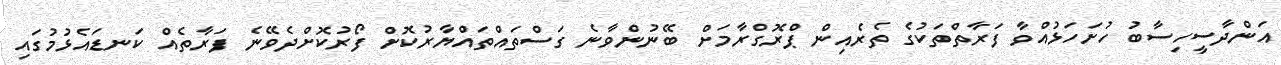
އަންދާސީހިސާބު ހުށަހަޅުއްވާ ފަރާތްތަކުގެ ތެރެއިން ޕްރޮގްރާމަށް ބޭނުންވާނެ ގަސްތައްތައްޔާރުކޮށް ފޯރުކޮށްދެވޭނެ ފަރާތެއް ކަނޑައެޅުމުގައި